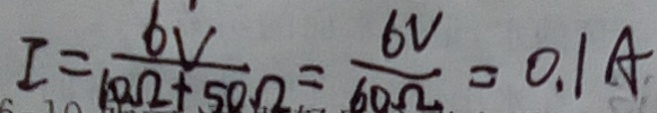
I = \frac { 6 V } { 1 0 \Omega + 5 0 \Omega } = \frac { 6 V } { 6 0 \Omega } = 0 . 1 A